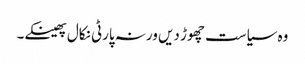
وہ سیاست چھوڑ دیں ورنہ پارٹی نکال پھینکے۔